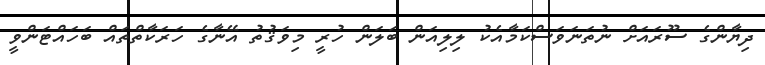
ދިޔާންގެ ސޫރައަށް ނުތަނަވަސްކަމާއެކު ލިލިއަން ބަލަން ހުރީ މިވަޤުތު އޭނާގެ ހަރަކާތްތައް ބަހައްޓަންވީ